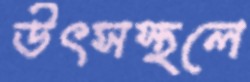
উৎসস্থলে